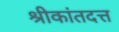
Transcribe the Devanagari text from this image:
श्रीकांतदत्त